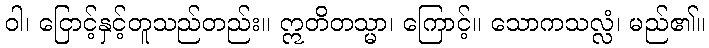
ဝါ၊ ငြောင့်နှင့်တူသည်တည်း။ ဣတိတသ္မာ၊ ကြောင့်။ သောကသလ္လံ၊ မည်၏။